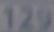
129